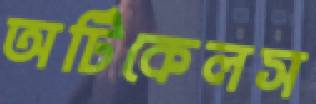
অর্টিকেলস